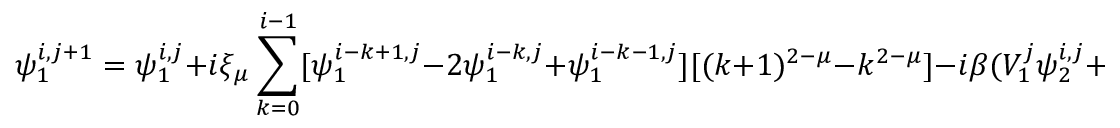
\psi _ { 1 } ^ { i , j + 1 } = \psi _ { 1 } ^ { i , j } + i \xi _ { \mu } \sum _ { k = 0 } ^ { i - 1 } [ \psi _ { 1 } ^ { i - k + 1 , j } - 2 \psi _ { 1 } ^ { i - k , j } + \psi _ { 1 } ^ { i - k - 1 , j } ] [ ( k + 1 ) ^ { 2 - \mu } - k ^ { 2 - \mu } ] - i \beta ( V _ { 1 } ^ { j } \psi _ { 2 } ^ { i , j } + V _ { 1 } ^ { j + 1 } \psi _ { 2 } ^ { i , j + 1 } ) ,